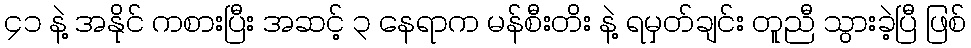
၄၁ နဲ့ အနိုင် ကစားပြီး အဆင့် ၃ နေရာက မန်စီးတိး နဲ့ ရမှတ်ချင်း တူညီ သွားခဲ့ပြီ ဖြစ်